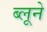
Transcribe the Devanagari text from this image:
ब्लूने